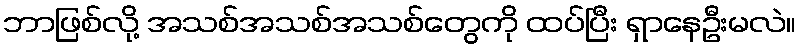
ဘာဖြစ်လို့ အသစ်အသစ်အသစ်တွေကို ထပ်ပြီး ရှာနေဦးမလဲ။